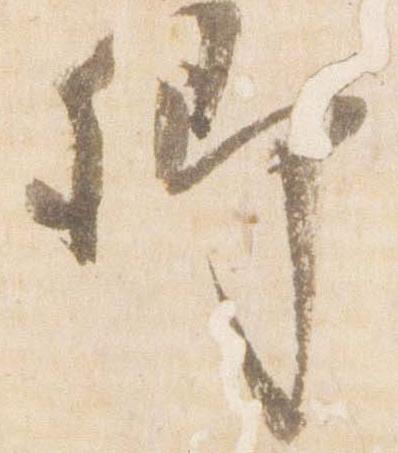
卿